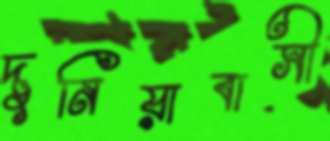
দুনিয়াবাসী